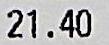
21.40